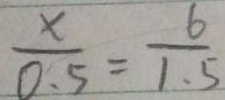
\frac { x } { 0 . 5 } = \frac { 6 } { 1 . 5 }